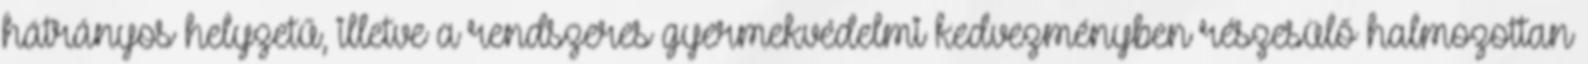
hátrányos helyzetű, illetve a rendszeres gyermekvédelmi kedvezményben részesülő halmozottan